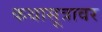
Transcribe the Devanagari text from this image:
कथासूत्रावर